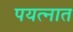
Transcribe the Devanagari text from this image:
पयत्नात